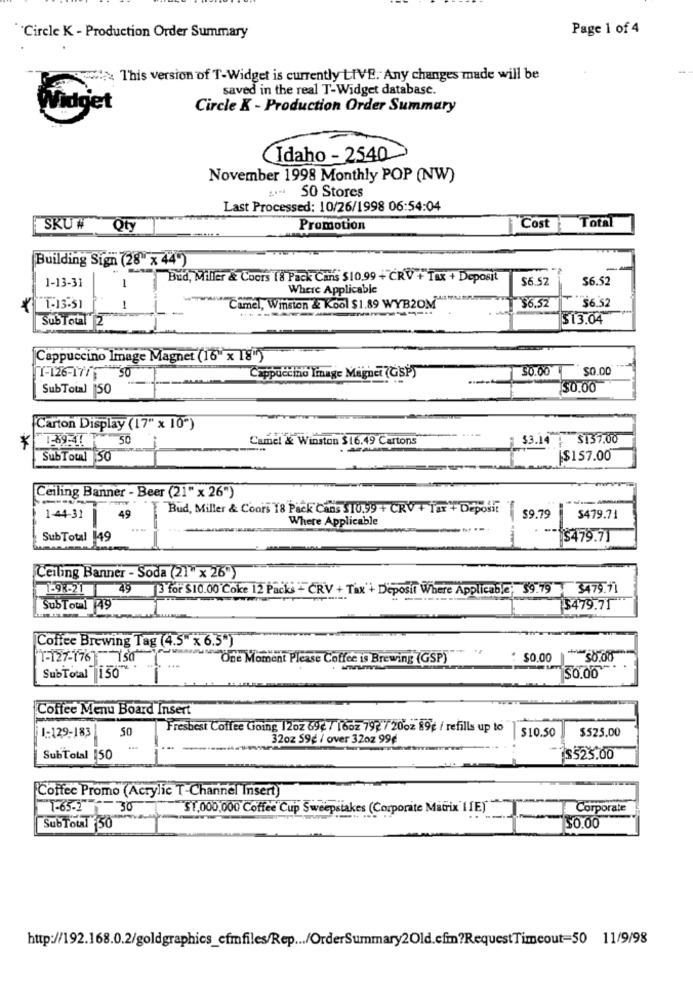
'Circle K - Production Order Summary
Page 1 of 4
* This version of T-Widget is currently LIVE. Any changes made will be
saved in the real T-Widget database.
Widget
Circle K - Production Order Summary
Idaho - 2540
November 1998 Monthly POP (NW)
.... 50 Stores
Last Processed: 10/26/1998 06:54:04
SKU # Qty
Promotion
Cost Total
Building Sign (28"x 44")
Bud, Miller & Coors 18 Pack Cans $10.99 + CRV + Tax + Deposit
$6.52
$6.52
1-13-31
-
Where Applicable
Camel, Winston & Kool $1.89 WYB20\"\"
$6.52
$6 52
₹ 1-13:51
!
SubTotal 2
$13.04
Cappuccino Image Magnet (16"x 18")
uccino Image Magnet (GSP)
30.00
$0.00
1-126-177 50
SubTotal 50
$0.00
Carton Display (17" x 10")
50
Camel & Winston $16.49 Cartons
$3.14 } $137.00
*
SubTotal 50
|$157.00
Ceiling Banner - Beer (21" x 26")
---
Bud, Miller & Coors 18 Pack Cans $10,99 + CRV + Tax"+ Deposit
1-44-31
49
Where Applicable
$9.79
$479.71
Sub Total 149
-$479.71
Ceiling Banner - Soda (21" x 26")
1-98-21
49 3 for $10.00 Coke 12 Packs - CRV + Tax'+ Deposit Where Applicable; $9.79 3479.71
SubToul 49
3479.71
Coffee Brewing Tag (4.5" x 6.5")
T-127-176 150
One Moment Please Coffee is Brewing (GSP)
$0.00
$0.00
SubTotal 150"
$0.00
Coffee Menu Board Insert
50
Freshest Coffee Going 12oz 69€ / 16oz 792 / 20oz 89g / refills up to
$525.00
[1-129-183
32oz 59g / over 32oz 99€
$10.50
SubTotal 150
-
$525.00
Coffee Promo (Acrylic T-Channel Insert)
"7-65-2 30
ST.000,000 Coffee Cup Sweepstakes (Corporate MiGrix IE)"
Corporate
SubToul 50
50.00
http://192.168.0.2/goldgraphics_cfmfiles/Rep ... /OrderSummary2Old.cfm?RequestTimeout=50 11/9/98